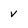
Character: V